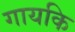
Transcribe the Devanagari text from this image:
गायकि